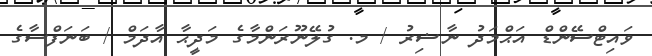
ވައިޓްސޭންޑް އަޙްމަދު ނާޟިރު / މ. ގުލޭނޫރަންމާގެ މަދީޙާ އާދަމް / ބަނަފްސާގެ